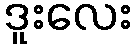
ဒူးလေး